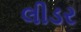
લીડર